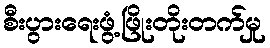
စီးပွားရေးဖွံ့ဖြိုးတိုးတက်မှု